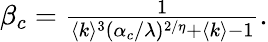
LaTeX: \begin{array}{r}{\beta_{c}=\frac{1}{\langle k\rangle^{3}(\alpha_{c}/\lambda)^{2/\eta}+\langle k\rangle-1}.}\end{array}